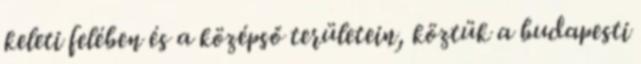
keleti felében és a középső területein, köztük a budapesti